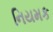
નિયમક